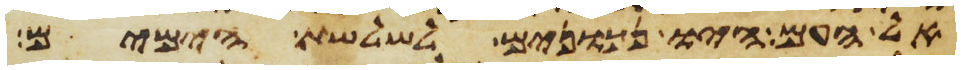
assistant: אל העם היו נכונים לשלשת הימים